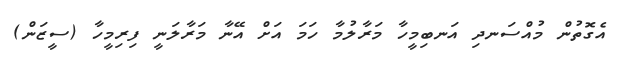
އެގޮތުން މުއްސަނދި އަނބިމީހާ މަރާލުމާ ހަމަ އަށް އޭނާ މަރާލަނީ ފިރިމީހާ (ސީޒަން)